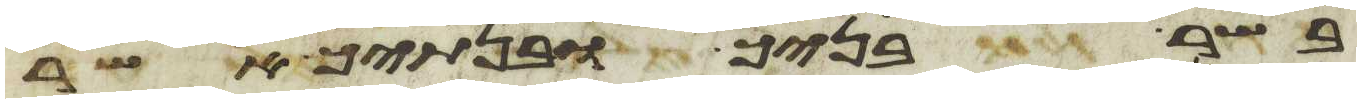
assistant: בשר בניך ובנתיך אשר